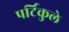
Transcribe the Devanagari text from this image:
पर्टिकुले